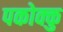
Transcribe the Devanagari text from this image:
पकोक्कु